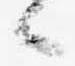
々